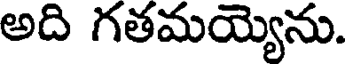
అది గతమయ్యెను.